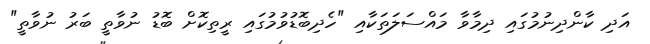
އަދި ކާންދިނުމުގައި ދިމާވާ މައްސަލަތަކާއި "ހެދިބޮޑުވުމުގައި ރީތިކޮށް ބޮޑު ނުވާތީ ބަރު ނުވާތީ"